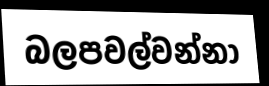
බලපවල්වන්නා